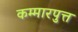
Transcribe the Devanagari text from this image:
कम्मारपुत्त